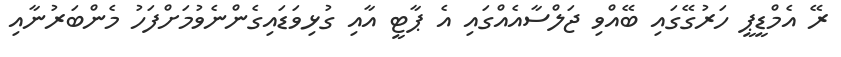
ރޭ އެމްޑީޕީ ހަރުގޭގައި ބޭއްވި ޖަލްސާއެއްގައި އެ ޕާޓީ އާއި ގުޅިވަޑައިގެންނެވުމަށްފަހު މެންބަރުނާއި